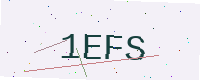
Text: 1EFS